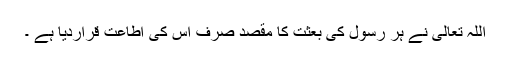
اللہ تعالیٰ نے ہر رسول کی بعثت کا مقصد صرف اس کی اطاعت قراردیا ہے ۔